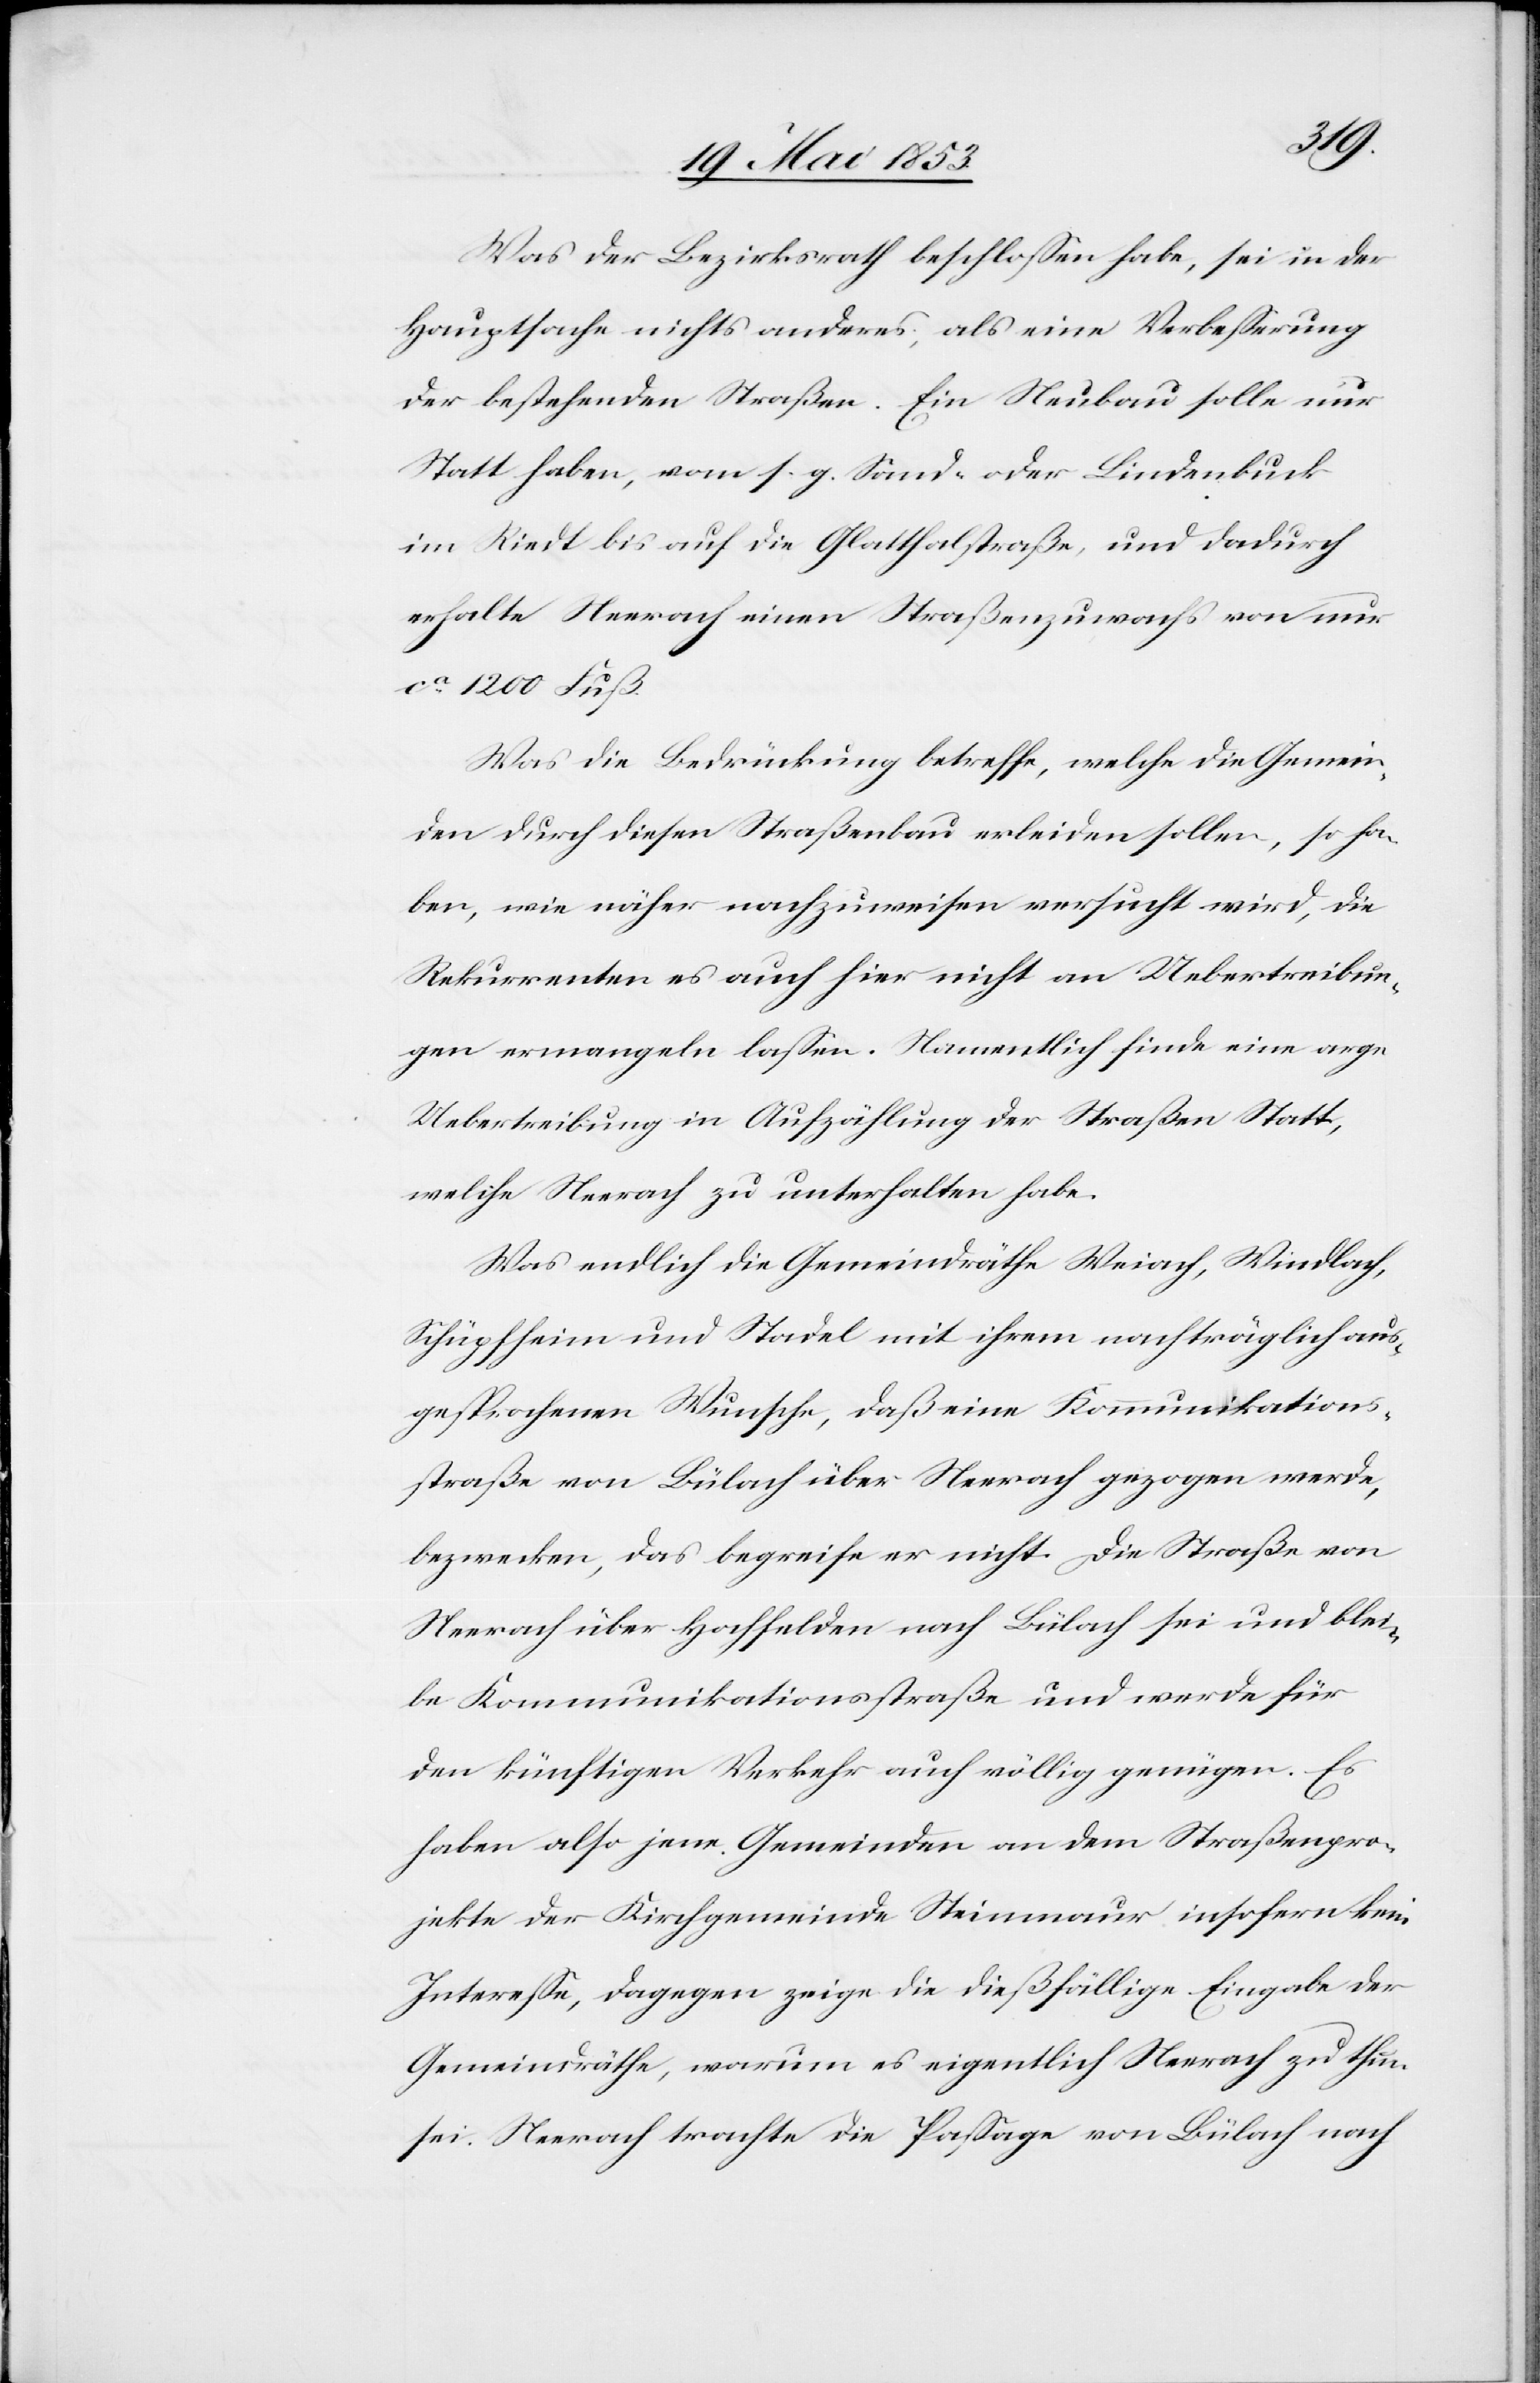
Was der Bezirksrath beschloßen habe, sei in der
Hauptsache nichts anderes, als eine Verbeßerung
der bestehenden Straßen. Ein Neubau solle nur
Statt haben, vom s. g. Sand- oder Lindenbuck
im Riedt bis auf die Glatthalstraße, und dadurch
erhalte Neerach einen Straßenzuwachs von nur
ca. 1200 Fuß.
Was die Bedrückung betreffe, welche die Gemein¬
den durch diesen Straßenbau erleiden sollen, so ha¬
ben, wie näher nachzuweisen versucht wird, die
Rekurrenten es auch hier nicht an Uebertreibun¬
gen ermangeln laßen. Namentlich finde eine arge
Uebertreibung in Aufzählung der Straßen Statt,
welche Neerach zu unterhalten habe.
Was endlich die Gemeindräthe Weiach, Windlach,
Schüpfheim und Stadel mit ihrem nachträglich aus¬
gesprochenen Wunsche, daß eine Kommunikations¬
straße von Bülach über Neerach gezogen werde,
bezwecken, das begreife er nicht. Die Straße von
Neerach über Hochfelden nach Bülach sei und blei¬
be Kommunikationsstraße und werde für
den künftigen Verkehr auch völlig genügen. Es
haben also jene Gemeinden an dem Straßenpro¬
jekte der Kirchgemeinde Steinmaur insofern kein
Intereße, dagegen zeige die dießfällige Eingabe der
Gemeindräthe, warum es eigentlich Neerach zu thun
sei. Neerach trachte die Paßage von Bülach nach